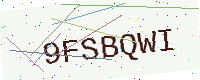
Text: 9FSBQWI